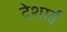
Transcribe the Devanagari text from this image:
देशाई